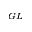
_ { G L }